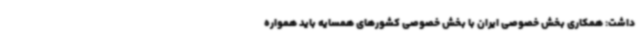
داشت: همکاری بخش خصوصی ایران با بخش خصوصی کشورهای همسایه باید همواره